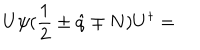
U \psi ( { \frac { 1 } { 2 } } \pm \hat { q } \mp N ) U ^ { \dagger } =